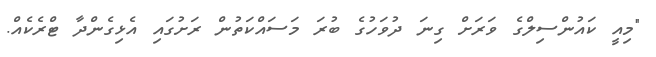
"މިއީ ކައުންސިލްގެ ވަރަށް ގިނަ ދުވަހުގެ ބުރަ މަސައްކަތުން ރަށުގައި އެޅިގެންދާ ޓްރެކެއް.